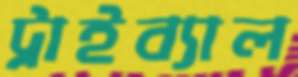
ট্রাইব্যাল